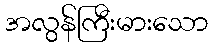
အလွန်ကြီးမားသော